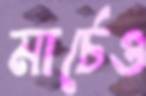
মার্চেও